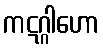
ကဋဂ္ဂါဟော